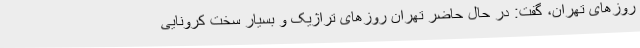
روزهای تهران، گفت: در حال حاضر تهران روزهای تراژیک و بسیار سخت کرونایی